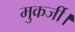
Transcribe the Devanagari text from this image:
मुकर्जी।